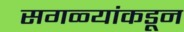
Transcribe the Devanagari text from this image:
सगळ्यांकडून